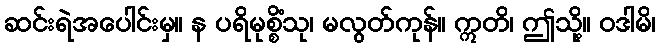
ဆင်းရဲအပေါင်းမှ။ န ပရိမုစ္စိံသု၊ မလွတ်ကုန်။ ဣတိ၊ ဤသို့။ ဝဒါမိ၊